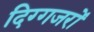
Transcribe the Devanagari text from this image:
दिग्गजरों